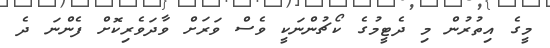
މީގެ އިތުރުން މި ދެޓީމުގެ ކޯޗުންނަކީ ވެސް ވަރަށް ވާދަވެރިކޮށް ފެންނަ ދެ